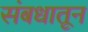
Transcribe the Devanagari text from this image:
संबधातून